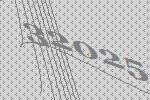
32025